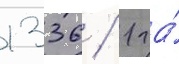
1336 / 1 га́